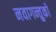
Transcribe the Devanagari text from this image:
नवागन्तुको